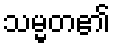
သမ္မတ၏